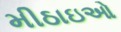
મીઠાઇઓ